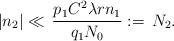
LaTeX: \begin{align*}|n_2| \ll \, \frac{p_1C^2 \lambda rn_1}{q_1N_0} := \, N_2. \end{align*}